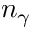
n _ { \gamma }